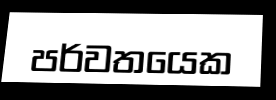
පර්වතයෙක